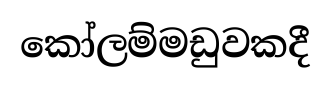
කෝලම්මඩුවකදී